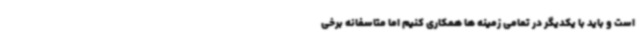
است و باید با یکدیگر در تمامی زمینه ها همکاری کنیم اما متاسفانه برخی